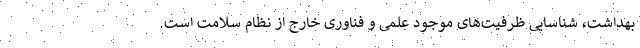
بهداشت، شناسایی ظرفیت‌های موجود علمی و فناوری خارج از نظام سلامت است.